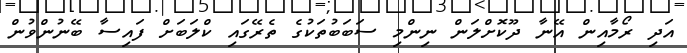
އަދި ރޯމާއިން އޭނާ ދޫކޮށްލަން ނިންމި ސަބަބުތަކުގެ ތެރޭގައި ކްލަބަށް ފައިސާ ބޭނުންވުން